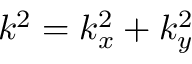
k ^ { 2 } = k _ { x } ^ { 2 } + k _ { y } ^ { 2 }